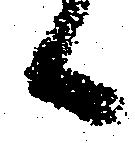
候